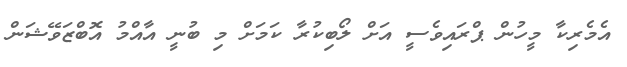
އެމެރިކާ މީހުން ޕްރައިވެސީ އަށް ލޯބިކުރާ ކަމަށް މި ބުނީ އާއްމު އޮބްޒަވޭޝަން